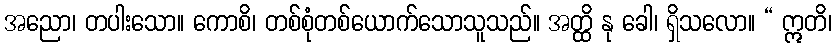
အညော၊ တပါးသော။ ကောစိ၊ တစ်စုံတစ်ယောက်သောသူသည်။ အတ္ထိ နု ခေါ၊ ရှိသလော။ “ ဣတိ၊